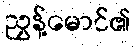
ညွှန့်မောင်၏